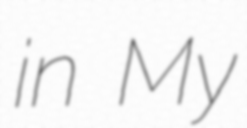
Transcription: in My